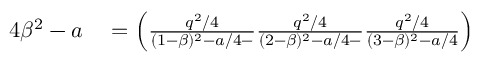
\begin{array} { r l } { 4 \beta ^ { 2 } - a } & { { } = \left( \frac { q ^ { 2 } / 4 } { ( 1 - \beta ) ^ { 2 } - a / 4 - } \frac { q ^ { 2 } / 4 } { ( 2 - \beta ) ^ { 2 } - a / 4 - } \frac { q ^ { 2 } / 4 } { ( 3 - \beta ) ^ { 2 } - a / 4 } \right) } \end{array}